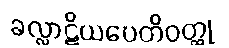
ခလ္လာဋိယပေတိဝတ္ထု